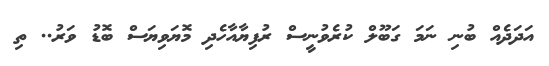
އަދަދެއް ބުނި ނަމަ ގަބޫލް ކުރެވުނީސް ރުފިޔާއާހެދި މޮޔަވިޔަސް ބޮޑު ވަރު.. ތި